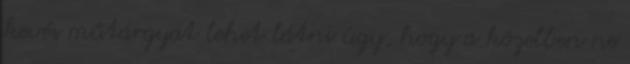
kevés műtárgyat lehet látni úgy, hogy a közelben ne